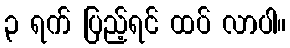
၃ ရက် ပြည့်ရင် ထပ် လာပါ။